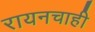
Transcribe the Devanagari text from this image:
रायनचाही